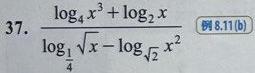
37. $\frac{\log _{4} x^{3}+\log _{2} x}{\log _{\frac{1}{4}} \sqrt{x}-\log _{\sqrt{2}} x^{2}}$  例8.11(b)